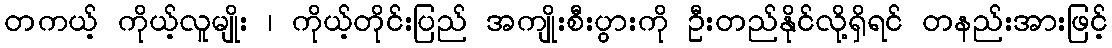
တကယ့် ကိုယ့်လူမျိုး ၊ ကိုယ့်တိုင်းပြည် အကျိုးစီးပွားကို ဦးတည်နိုင်လို့ရှိရင် တနည်းအားဖြင့်